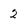
Character: 2